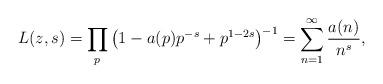
LaTeX: \begin{gather*}L(z,s)=\prod_{p}\big(1-a(p)p^{-s}+p^{1-2s}\big)^{-1}=\sum_{n=1}^\infty\frac{a(n)}{n^s},\end{gather*}